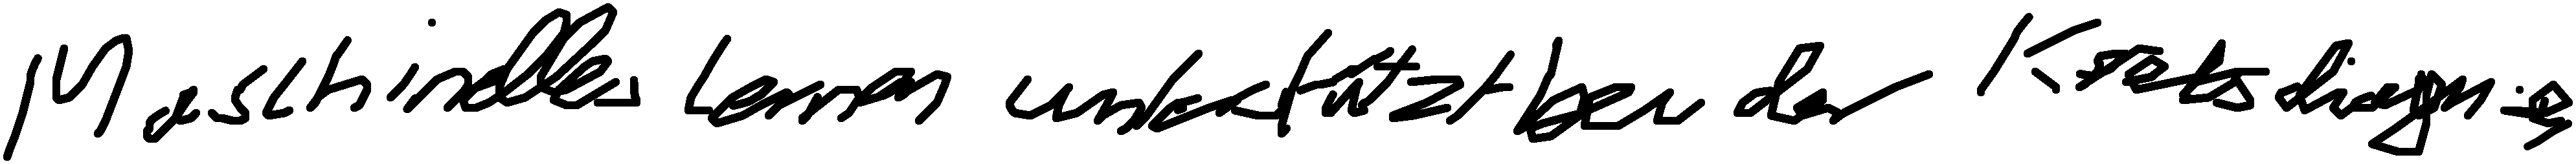
Maschinelles Lernen unterstützt bei der Krebsdiagnose.